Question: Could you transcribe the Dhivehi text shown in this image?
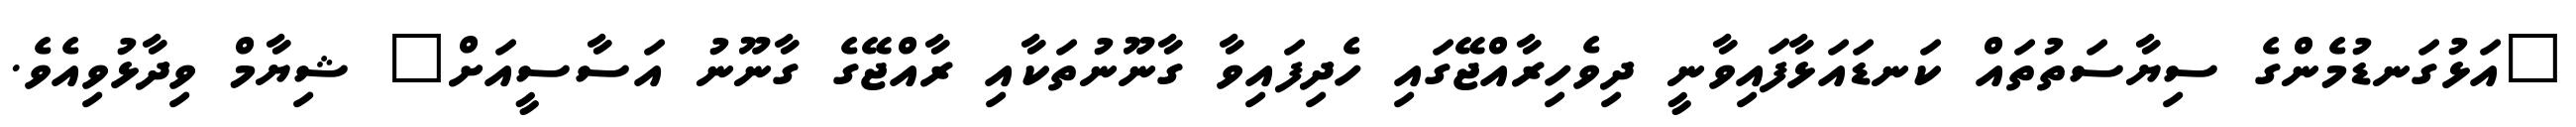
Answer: "އަޅުގަނޑުމެންގެ ސިޔާސަތުތައް ކަނޑައަޅާފައިވާނީ ދިވެހިރާއްޖޭގައި ހެދިފައިވާ ގާނޫނުތަކާއި ރާއްޖޭގެ ގާނޫނު އަސާސީއަށް" ޝިޔާމް ވިދާޅުވިއެވެ.